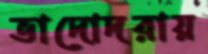
ভাদোদরায়